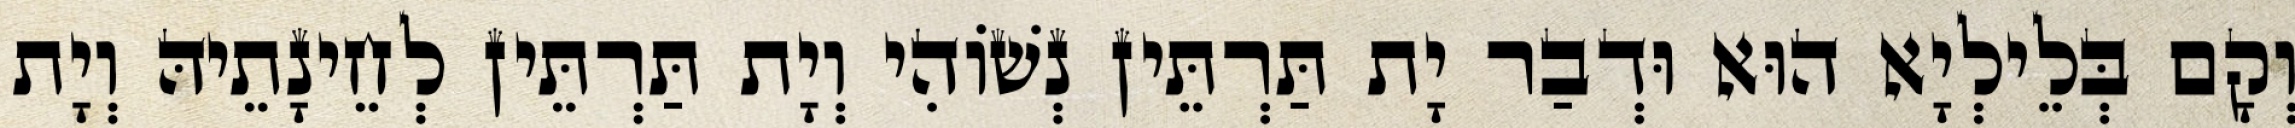
וְקָם בְּלֵילְיָא הוּא וּדְבַר יָת תַּרְתֵּין נְשׁוֹהִי וְיָת תַּרְתֵּין לְחֵינָתֵיהּ וְיָת